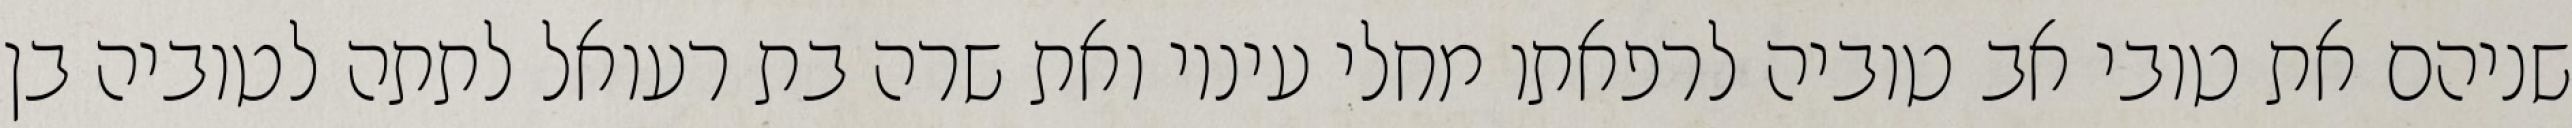
שניהם את טובי אב טוביה לרפאתו מחלי עיניו ואת שרה בת רעואל לתתה לטוביה בן